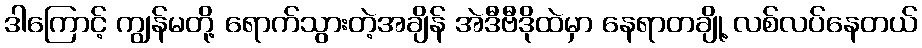
ဒါကြောင့် ကျွန်မတို့ ရောက်သွားတဲ့အချိန် အဲဒီဗီဒိုထဲမှာ နေရာတချို့ လစ်လပ်နေတယ်